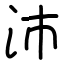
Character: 沛